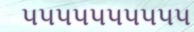
૫૫૫૫૫૫૫૫૫૫